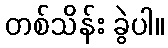
တစ်သိန်း ခွဲပါ။